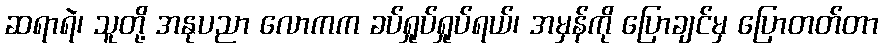
ဆရာရဲ၊ သူတို့ အနုပညာ လောကက ခပ်ရှုပ်ရှုပ်ရယ်၊ အမှန်ကို ပြောချင်မှ ပြောတတ်တာ